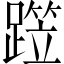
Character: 𨅁